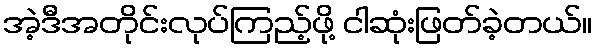
အဲ့ဒီအတိုင်းလုပ်ကြည့်ဖို့ ငါဆုံးဖြတ်ခဲ့တယ်။